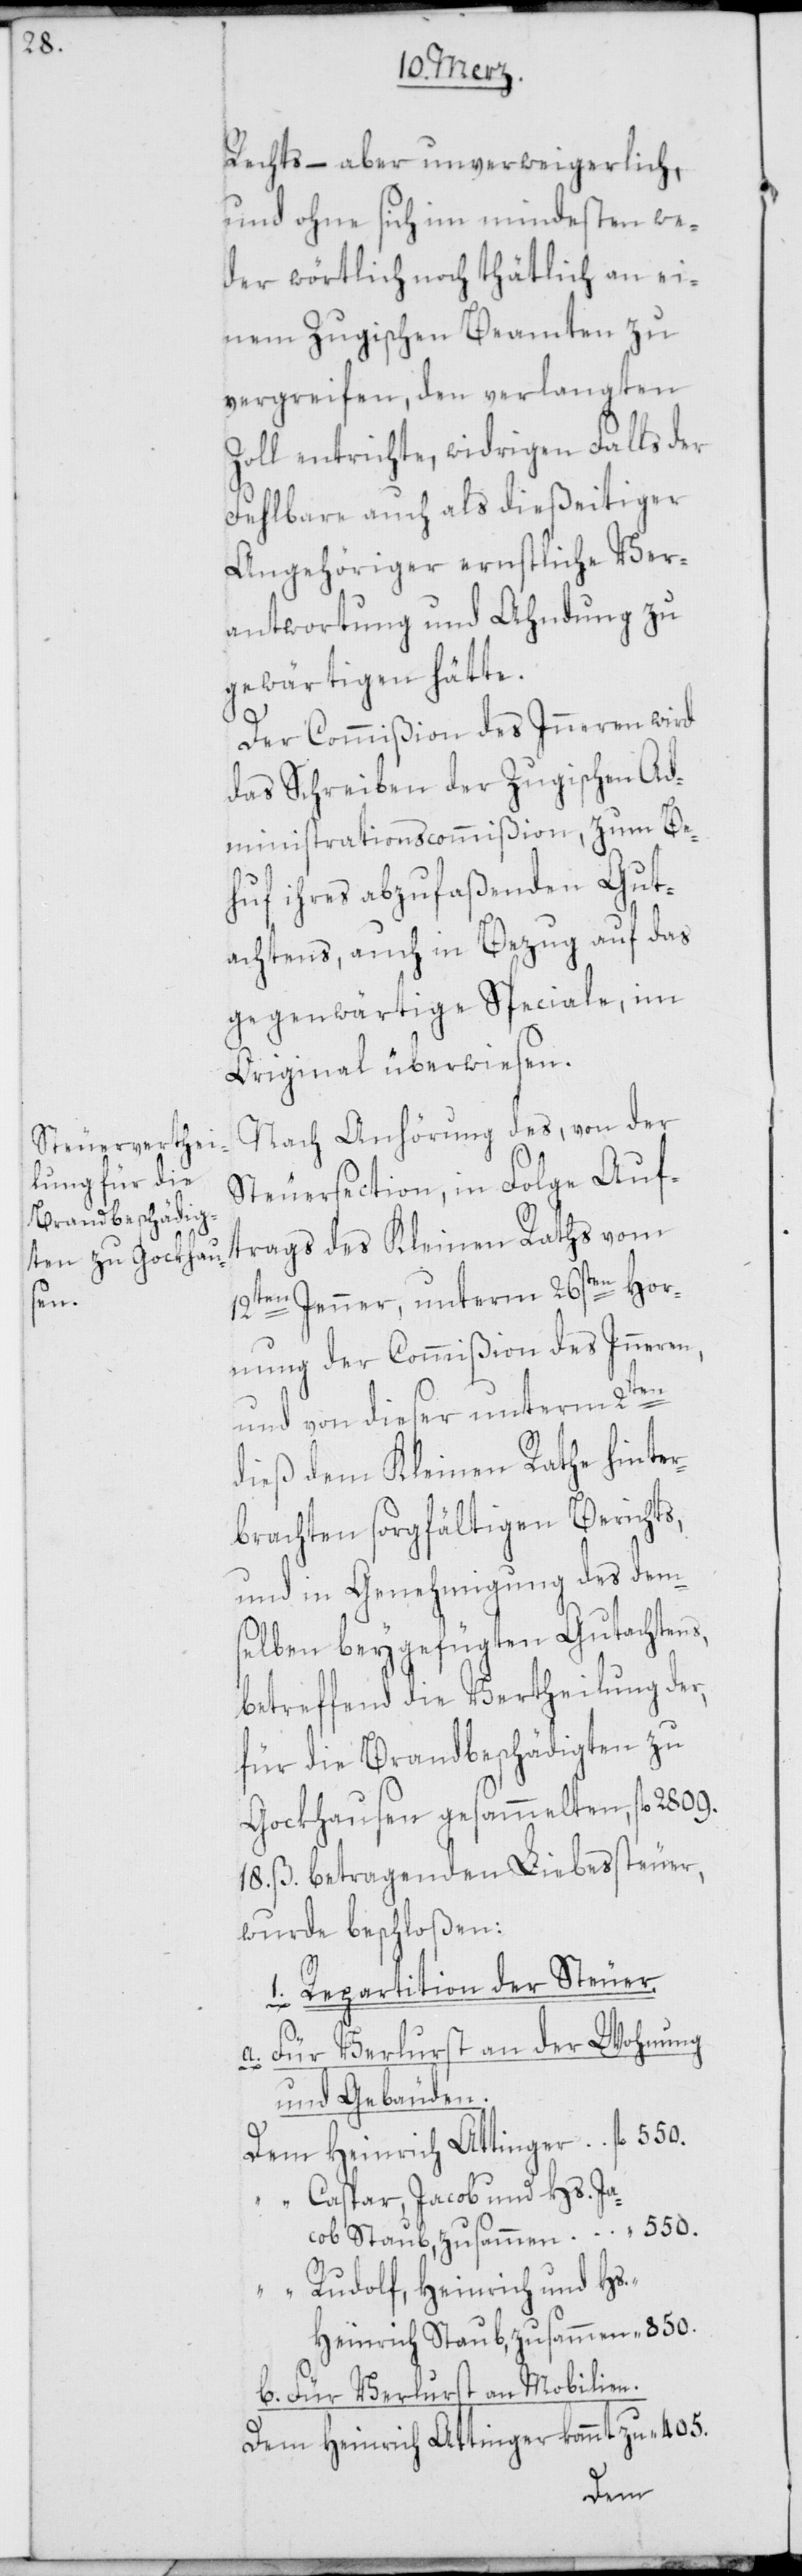
Rechts – aber unverweigerlich,
und ohne sich im mindesten we¬
der wörtlich noch thätlich an ei¬
nem Zugischen Beamten zu
vergreifen, den verlangten
Zoll entrichte, widrigen Falls der
Fehlbare auch als dießeitiger
Angehöriger ernstliche Ver¬
antwortung und Ahndung zu
gewärtigen hätte.
Der Commißion des Inneren wird
das Schreiben der Zugischen Ad¬
ministrationscommißion, zum Be¬
huf ihres abzufaßenden Gut¬
achtens, auch in Bezug auf das
gegenwärtige Speciale, im
Original überwiesen.
Nach Anhörung des, von der
Steuersection, in Folge Auf¬
trags des Kleinen Raths vom
12ten Jenner, unterm 26sten Hor¬
nung der Commißion des Inneren,
und von dieser unterm 2ten
dieß dem Kleinen Rathe hinter¬
brachten sorgfältigen Berichts,
und in Genehmigung des dem¬
selben beygefügten Gutachtens,
betreffend die Vertheilung der,
für die Brandbeschädigten zu
Gockhausen gesammelten, fl. 2809.
18. ß. betragenden Liebessteuer,
wurde beschloßen:
1.) Repartition der Steuer.
a. Für Verlurst an der Wohnung
und Gebäuden.
Dem Heinrich Attinger fl. 550.
“ Caspar, Jacob und Hs. Ja¬
cob Staub, zusammen “ 550.
“ Rudolf, Heinrich und H¬
s.-Heinrich Staub zusammen “ 850.
b. Für Verlurst an Mobilien.
Dem Heinrich Attinger kommt zu “ 405.